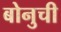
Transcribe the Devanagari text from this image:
बोनुची